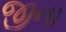
જીના